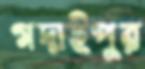
গদাইপুর